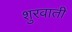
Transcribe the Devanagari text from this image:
शुरवाती